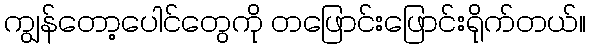
ကျွန်တော့ပေါင်တွေကို တဖြောင်းဖြောင်းရိုက်တယ်။